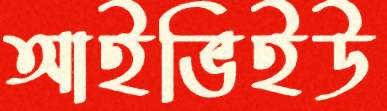
আইভিইউ